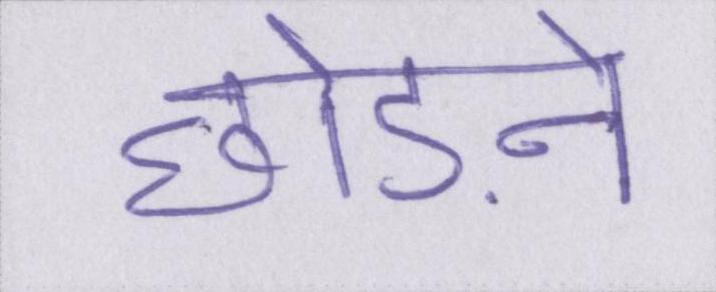
छोड़ने